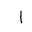
Letter: _alif